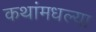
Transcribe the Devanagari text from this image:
कथांमधल्या